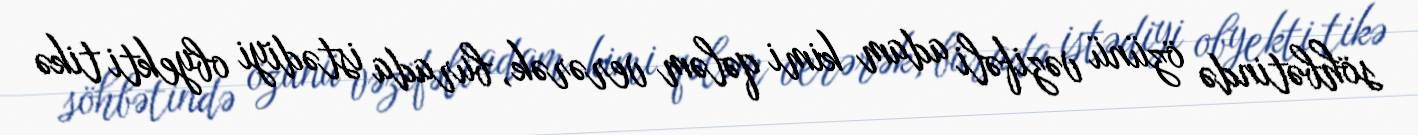
söhbətində özünü vəzifəli adam kimi qələm verərək, burada istədiyi obyekti tikə